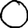
Digit: 0